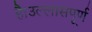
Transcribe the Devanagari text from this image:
है।उल्लासपूर्ण